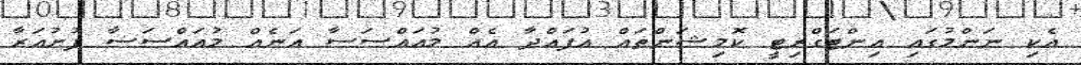
އެކި ނަންމުގައި އިންޓަގްރިޓީ ކޮމިޝަންތައް އުފައްދާ އެއް މުއައްސަސާ އަނެއް މުއައްސަސާ ފުށުއަރާ